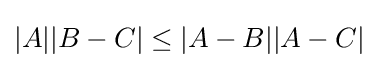
|A||B-C|\leq |A-B||A-C|